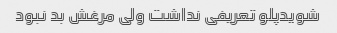
شویدپلو تعریفی نداشت ولی مرغش بد نبود